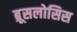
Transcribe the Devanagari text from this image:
ब्रूसलोसिस